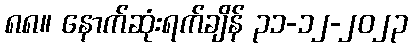
၈၈။ နောက်ဆုံးရက်ချိန် ၃၁-၁၂-၂၀၂၃